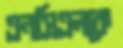
এনসিএলকে